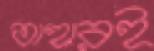
তাহারই